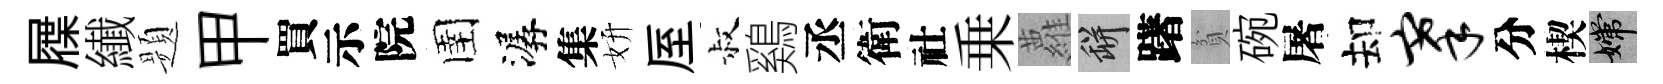
屧纎题甲買示院圉潺集妍厔叔鷄丞衛社乗蘿瓶躇貧碗屠却搴分楔嫦